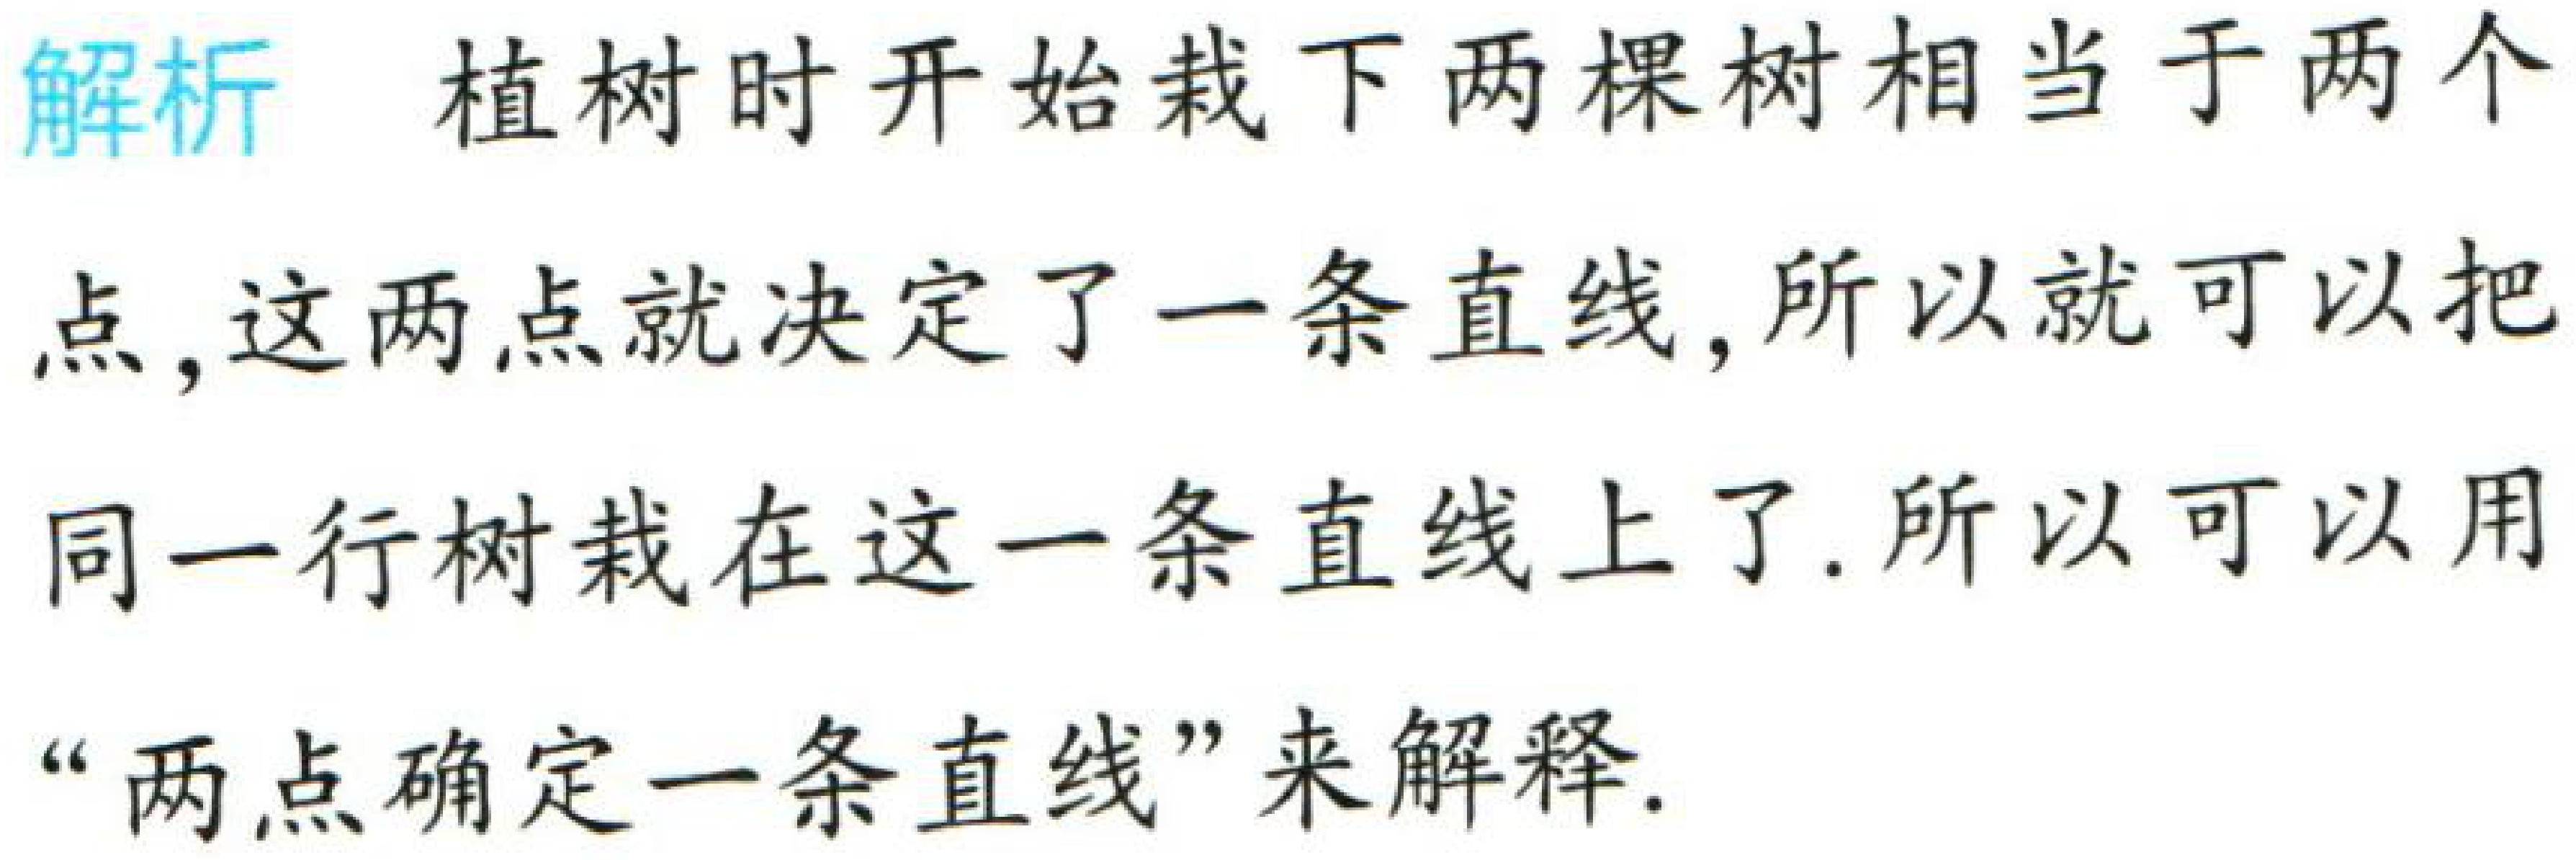
解析 植树时开始栽下两棵树相当于两个点, 这两点就决定了一条直线, 所以就可以把同一行树栽在这一条直线上了. 所以可以用“两点确定一条直线”来解释.